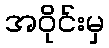
အဝိုင်းမှ